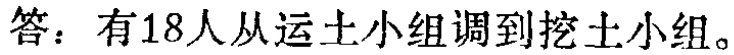
答：有18人从运土小组调到挖土小组。